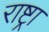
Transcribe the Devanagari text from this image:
राष्ट्रा